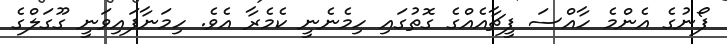
ފޯނުގެ އެންމެ ހާއްސަ ފީޗާއެއްގެ ގޮތުގައި ހިމެނެނީ ކެމެރާ އެވެ. ހިމަނާފައިވަނީ ގޫގަލްގެ